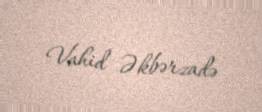
Vahid Əkbərzadə